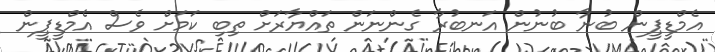
އެމްޑީޕީން ބުނާ ބުނުން އަނބުރާ ގެންނަން ތައްޔާރަށް ތިބި ކަމަށް ވެސް އެމްޑީޕީން